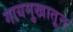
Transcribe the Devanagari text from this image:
गायमुखातून